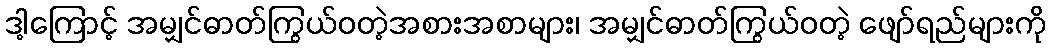
ဒါ့ကြောင့် အမျှင်ဓာတ်ကြွယ်ဝတဲ့အစားအစာများ၊ အမျှင်ဓာတ်ကြွယ်ဝတဲ့ ဖျော်ရည်များကို